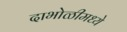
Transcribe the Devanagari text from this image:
दाभोळीमध्ये